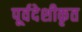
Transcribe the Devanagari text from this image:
पूर्वदेशीकृत